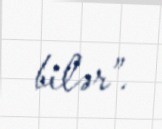
bilər”.